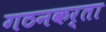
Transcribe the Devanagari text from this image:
गठनकर्ता